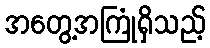
အတွေ့အကြုံရှိသည့်